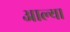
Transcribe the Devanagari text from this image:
अाल्या